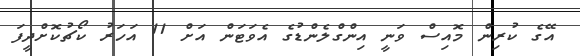
އޭގެ ކުރިން މޮއިސް ވަނީ އިންގްލެންޑުގެ އެވަޓަން އަށް 11 އަހަރު ކޯޗުކޮށްދީފަ